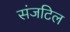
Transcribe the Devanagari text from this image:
संजटिल